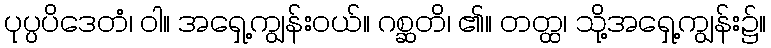
ပုပ္ပပိဒေတံ၊ ဝါ။ အရှေ့ကျွန်းဝယ်။ ဂစ္ဆတိ၊ ၏။ တတ္ထ၊ သို့အရှေ့ကျွန်း၌။